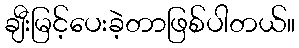
ချီးမြင့်ပေးခဲ့တာဖြစ်ပါတယ်။